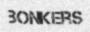
BONKERS